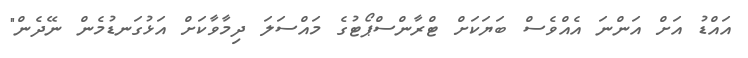
އައްޑު އަށް އަންނަ އެއްވެސް ބަޔަކަށް ޓްރާންސްޕޯޓުގެ މައްސަލަ ދިމާވާކަށް އަޅުގަނޑުމެން ނޭދެން"